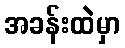
အခန်းထဲမှာ